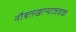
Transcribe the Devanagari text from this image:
नौबतखान्याजवळ